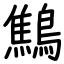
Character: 鷦